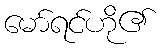
မော်ရင်ဟို၏